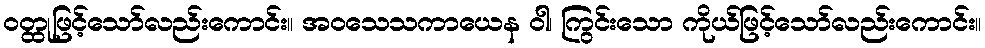
ဝတ္ထုဖြင့်သော်လည်းကောင်း။ အဝသေသကာယေန ဝါ၊ ကြွင်းသော ကိုယ်ဖြင့်သော်လည်းကောင်း။